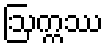
ဩက္ကဿ